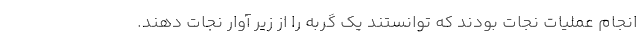
انجام عملیات نجات بودند که توانستند یک گربه را از زیر آوار نجات دهند.